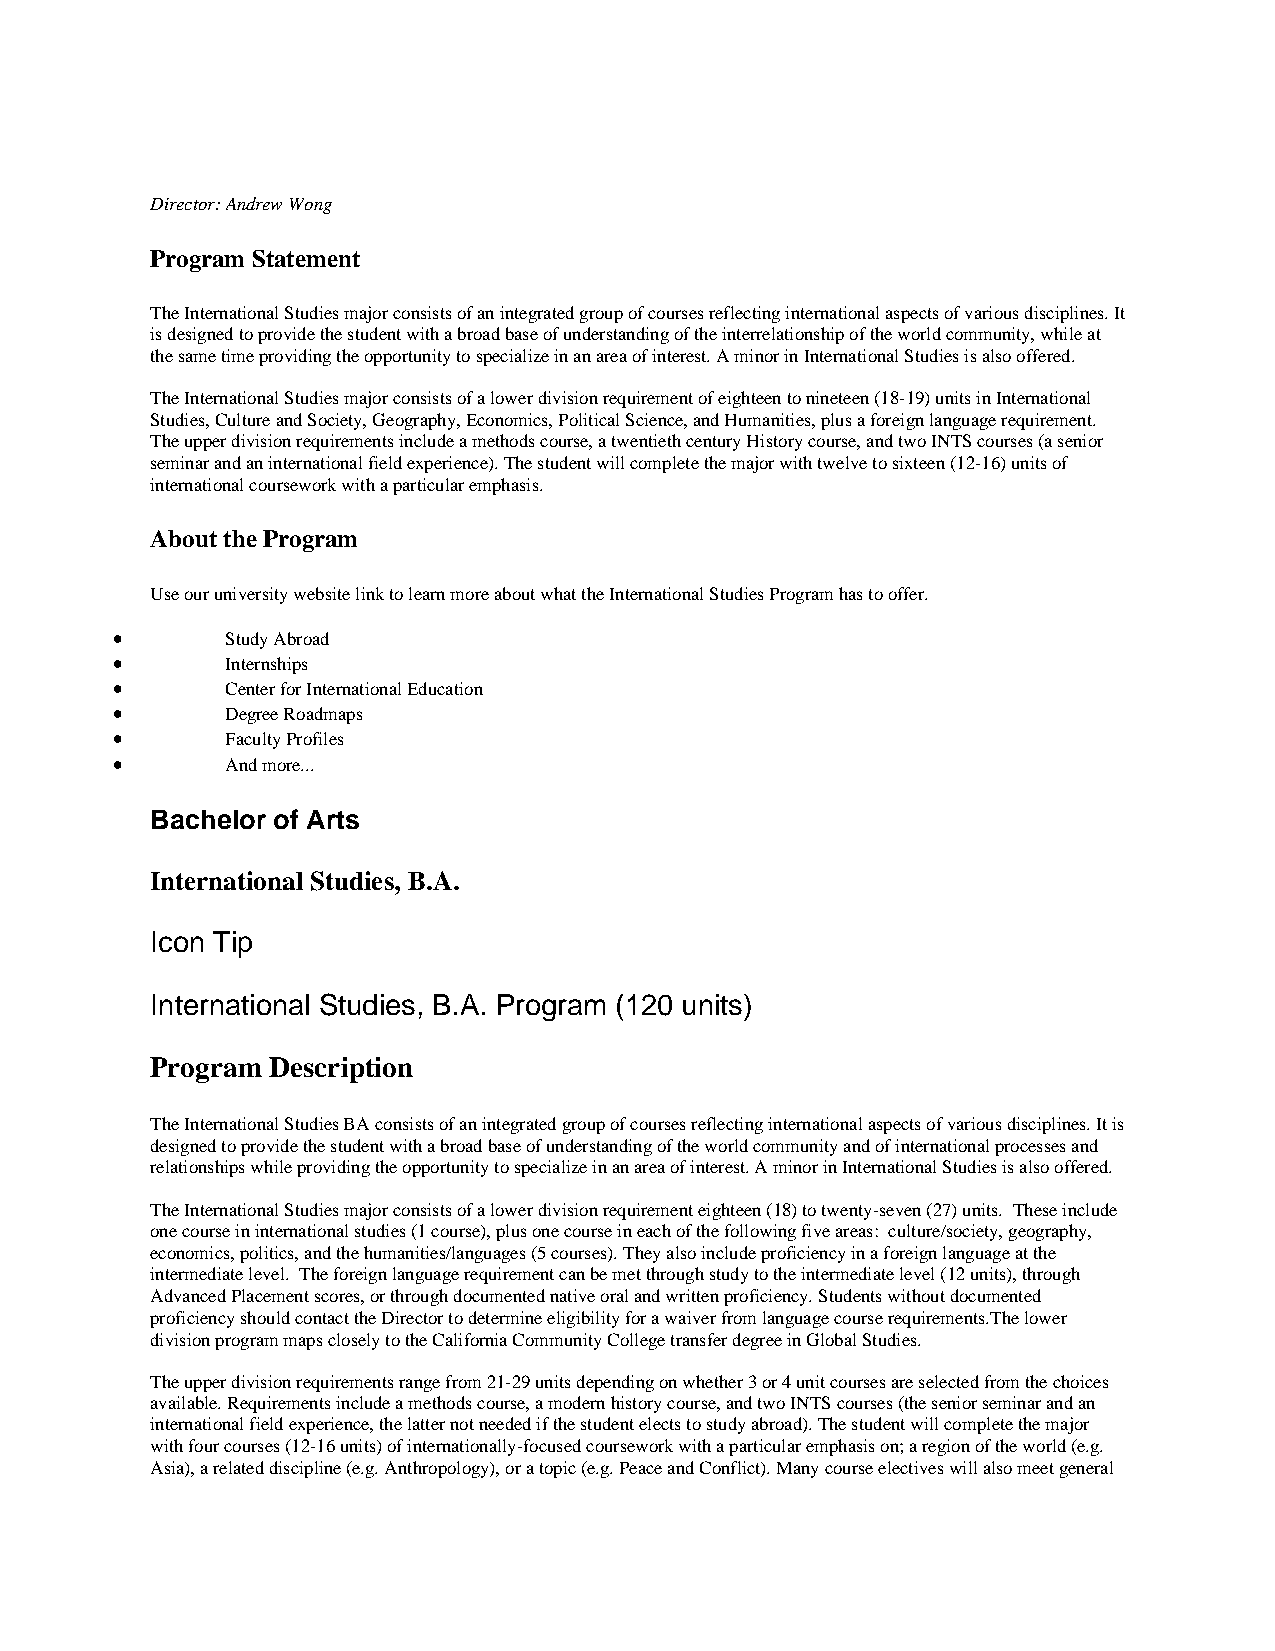
Director: Andrew Wong
 Program Statement
 The International Studies major consists of an integrated group of courses reflecting international aspects of various disciplines. It
 is designed to provide the student with a broad base of understanding of the interrelationship of the world community, while at
 the same time providing the opportunity to specialize in an area of interest. A minor in International Studies is also offered.
 The International Studies major consists of a lower division requirement of eighteen to nineteen (18-19) units in International
 Studies, Culture and Society, Geography, Economics, Political Science, and Humanities, plus a foreign language requirement.
 The upper division requirements include a methods course, a twentieth century History course, and two INTS courses (a senior
 seminar and an international field experience). The student will complete the major with twelve to sixteen (12-16) units of
 international coursework with a particular emphasis.
 About the Program
 Use our university website link to learn more about what the International Studies Program has to offer.
 •       Study Abroad
 •       Internships
 •       Center for International Education
 •       Degree Roadmaps
 •       Faculty Profiles
 •       And more...
 Bachelor of Arts
 International Studies, B.A.
 Icon Tip
 International Studies, B.A. Program (120 units)
 Program Description
 The International Studies BA consists of an integrated group of courses reflecting international aspects of various disciplines. It is
 designed to provide the student with a broad base of understanding of the world community and of international processes and
 relationships while providing the opportunity to specialize in an area of interest. A minor in International Studies is also offered.
 The International Studies major consists of a lower division requirement eighteen (18) to twenty-seven (27) units. These include
 one course in international studies (1 course), plus one course in each of the following five areas: culture/society, geography,
 economics, politics, and the humanities/languages (5 courses). They also include proficiency in a foreign language at the
 intermediate level. The foreign language requirement can be met through study to the intermediate level (12 units), through
 Advanced Placement scores, or through documented native oral and written proficiency. Students without documented
 proficiency should contact the Director to determine eligibility for a waiver from language course requirements.The lower
 division program maps closely to the California Community College transfer degree in Global Studies.
 The upper division requirements range from 21-29 units depending on whether 3 or 4 unit courses are selected from the choices
 available. Requirements include a methods course, a modern history course, and two INTS courses (the senior seminar and an
 international field experience, the latter not needed if the student elects to study abroad). The student will complete the major
 with four courses (12-16 units) of internationally-focused coursework with a particular emphasis on; a region of the world (e.g.
 Asia), a related discipline (e.g. Anthropology), or a topic (e.g. Peace and Conflict). Many course electives will also meet general